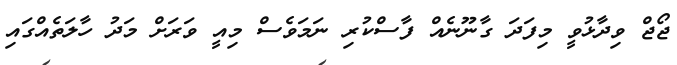
ޖޯޖް ވިދާޅުވީ މިފަދަ ގާނޫނެއް ފާސްކުރި ނަމަވެސް މިއީ ވަރަށް މަދު ހާލަތެއްގައި